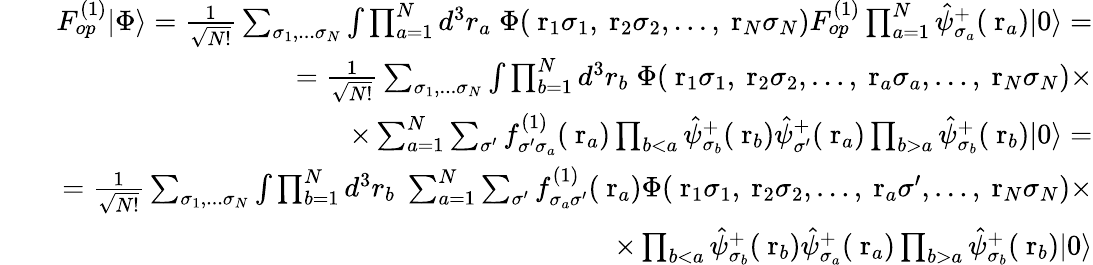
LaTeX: \begin{array}{rlr}&{}&{F_{op}^{(1)}|\Phi\rangle=\frac{1}{\sqrt{N!}}\sum_{\sigma_{1},...\sigma_{N}}\int\prod_{a=1}^{N}d^{3}r_{a}\; \Phi(\mathrm{\mathbf~r}_{1}\sigma_{1},\mathrm{\mathbf~r}_{2}\sigma_{2},\dots,\mathrm{\mathbf~r}_{N}\sigma_{N})F_{op}^{(1)}\prod_{a=1}^{N}\hat{\psi}_{\sigma_{a}}^{+}(\mathrm{\mathbf~r}_{a})|0\rangle=}\\ &{}&{=\frac{1}{\sqrt{N!}}\sum_{\sigma_{1},...\sigma_{N}}\int\prod_{b=1}^{N}d^{3}r_{b}\; \Phi(\mathrm{\mathbf~r}_{1}\sigma_{1},\mathrm{\mathbf~r}_{2}\sigma_{2},\dots,\mathrm{\mathbf~r}_{a}\sigma_{a},\dots,\mathrm{\mathbf~r}_{N}\sigma_{N})\times}\\ &{}&{\; \; \; \; \; \; \; \; \; \; \; \; \; \; \; \; \; \times\sum_{a=1}^{N}\sum_{\sigma^{\prime}}f_{\sigma^{\prime}\sigma_{a}}^{(1)}(\mathrm{\mathbf~r}_{a})\prod_{b<a}\hat{\psi}_{\sigma_{b}}^{+}(\mathrm{\mathbf~r}_{b})\hat{\psi}_{\sigma^{\prime}}^{+}(\mathrm{\mathbf~r}_{a})\prod_{b>a}\hat{\psi}_{\sigma_{b}}^{+}(\mathrm{\mathbf~r}_{b})|0\rangle=}\\ &{}&{=\frac{1}{\sqrt{N!}}\sum_{\sigma_{1},...\sigma_{N}}\int\prod_{b=1}^{N}d^{3}r_{b}\; \sum_{a=1}^{N}\sum_{\sigma^{\prime}}f_{\sigma_{a}\sigma^{\prime}}^{(1)}(\mathrm{\mathbf~r}_{a})\Phi(\mathrm{\mathbf~r}_{1}\sigma_{1},\mathrm{\mathbf~r}_{2}\sigma_{2},\dots,\mathrm{\mathbf~r}_{a}\sigma^{\prime},\dots,\mathrm{\mathbf~r}_{N}\sigma_{N})\times}\\ &{}&{\; \; \; \; \; \; \; \; \; \; \; \; \; \; \; \; \; \; \; \; \; \; \; \; \; \; \; \; \; \times\prod_{b<a}\hat{\psi}_{\sigma_{b}}^{+}(\mathrm{\mathbf~r}_{b})\hat{\psi}_{\sigma_{a}}^{+}(\mathrm{\mathbf~r}_{a})\prod_{b>a}\hat{\psi}_{\sigma_{b}}^{+}(\mathrm{\mathbf~r}_{b})|0\rangle}\end{array}